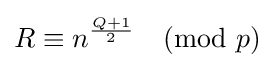
R\equiv n^{\frac {Q+1}{2}}{\pmod {p}}